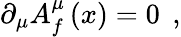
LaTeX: \partial_{\mu}A_{f}^{\mu}\left(x\right)=0\; \, ,